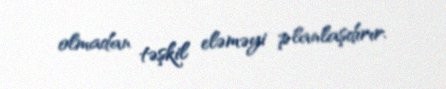
olmadan təşkil eləməyi planlaşdırır.